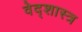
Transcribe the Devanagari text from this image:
वेद्शास्त्र